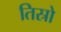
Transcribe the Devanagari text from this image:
तिस्रो